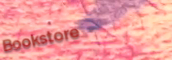
Bookstore